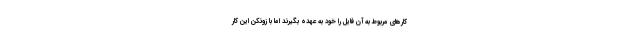
کارهای مربوط به آن فایل را خود به عهده بگیرند اما با زونکن این کار